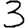
Digit: 3